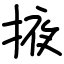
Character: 掖